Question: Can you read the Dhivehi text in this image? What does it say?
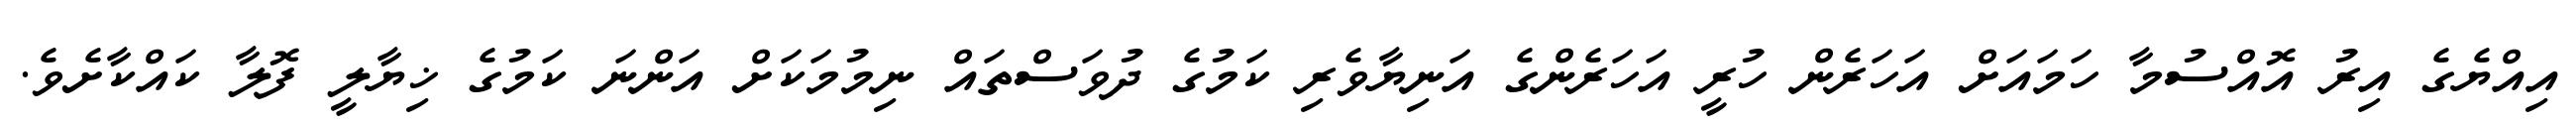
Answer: އިއްޔެގެ އިރު އޮއްސުމާ ހަމައަށް އަހަރެން ހުރީ އަހަރެންގެ އަނިޔާވެރި ކަމުގެ ދުވަސްތައް ނިމުމަކަށް އަންނަ ކަމުގެ ޚިޔާލީ ފޮލާ ކައްކާށެވެ.